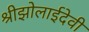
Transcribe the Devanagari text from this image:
श्रीझोलाईदेवी